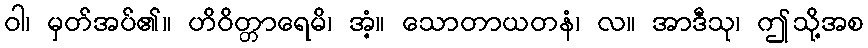
ဝါ၊ မှတ်အပ်၏။ ဟိဝိတ္တာရေမိ၊ အံ့။ သောတာယတနံ၊ လ။ အာဒီသု၊ ဤသို့အစ